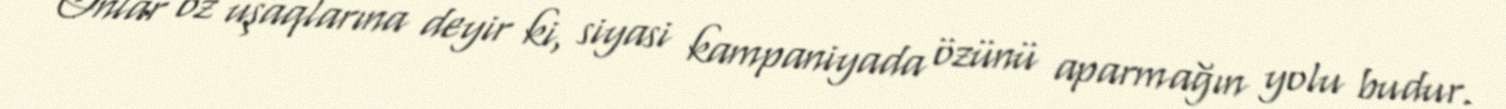
Onlar öz uşaqlarına deyir ki, siyasi kampaniyada özünü aparmağın yolu budur.